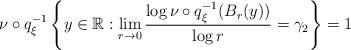
LaTeX: \begin{align*}\nu \circ q _\xi ^{-1} \left\{ y \in \mathbb{R} : \lim _{r \rightarrow 0} \frac{\log \nu \circ q _\xi ^{-1} ( B _r (y) )}{\log r} = \gamma _2 \right\} = 1\end{align*}